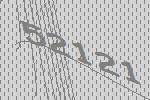
52121